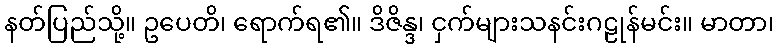
နတ်ပြည်သို့။ ဥပေတိ၊ ရောက်ရ၏။ ဒိဇိန္ဒ၊ ငှက်များသနင်းဂဠုန်မင်း။ မာတာ၊